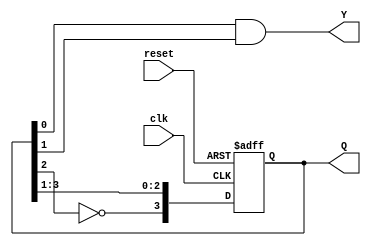
module johnson_counter (
    input wire clk,        // Clock input
    input wire reset,      // Asynchronous reset
    output reg [3:0] Q,    // 4-bit state output
    output reg Y           // Output logic (you can modify this as needed)
);

    // State transition logic
    always @(posedge clk or posedge reset) begin
        if (reset) begin
            Q <= 4'b0000;  // Initialize state to 0 on reset
        end else begin
            // Johnson counter logic
            Q <= {~Q[2], Q[3:1]};
        end
    end

    // Output logic (you can modify this as needed)
    always @(*) begin
        Y = Q[0] & Q[1];  // Example output logic, adjust as needed
    end

endmodule